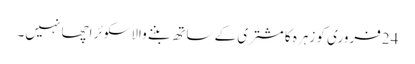
24فروری کو زہرہ کا مشتری کے ساتھ بننے والاسکوئر اچھا نہیں۔